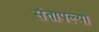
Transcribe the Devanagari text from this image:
संतापल्या